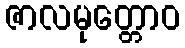
ဇာလမုတ္တောဝ